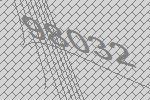
98032